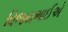
વિજયભાઈએ